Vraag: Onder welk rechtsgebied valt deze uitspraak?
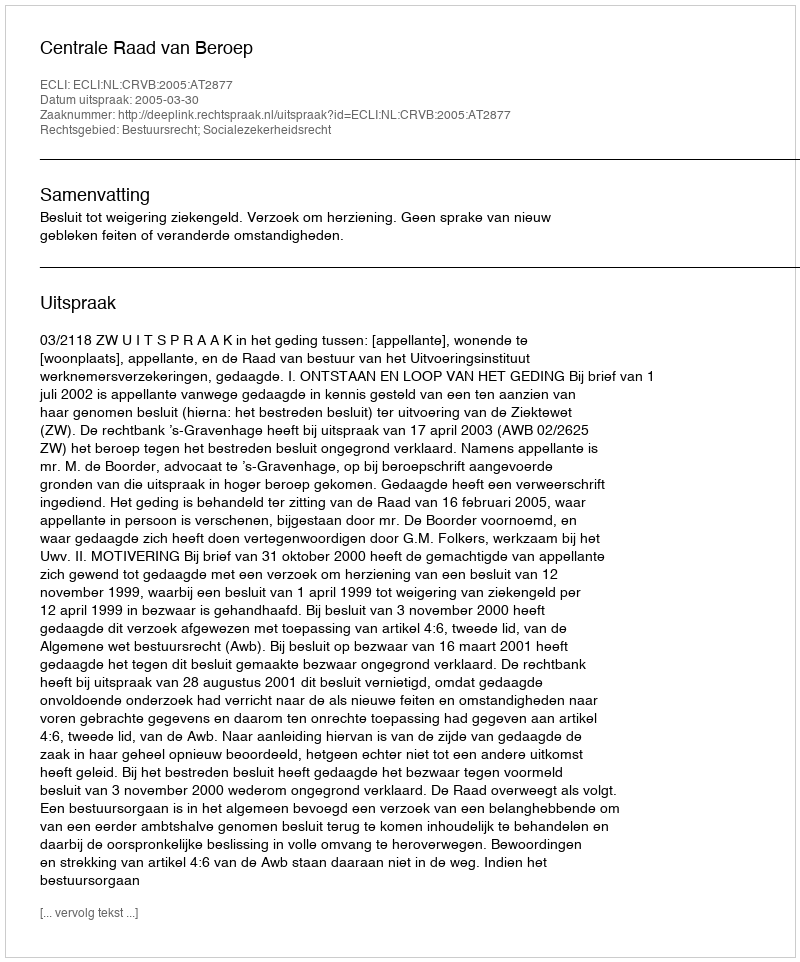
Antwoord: Bestuursrecht; Socialezekerheidsrecht